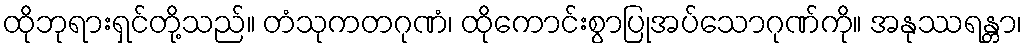
ထိုဘုရားရှင်တို့သည်။ တံသုကတဂုဏံ၊ ထိုကောင်းစွာပြုအပ်သောဂုဏ်ကို။ အနုဿရန္တာ၊